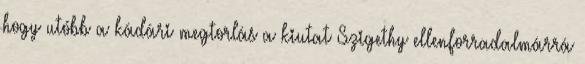
hogy utóbb a kádári megtorlás a kiutat Szigethy ellenforradalmárrá